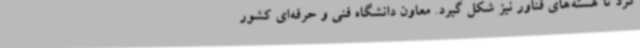
کرد تا هسته‌های فناور نیز شکل گیرد. معاون دانشگاه فنی و حرفه‌ای کشور